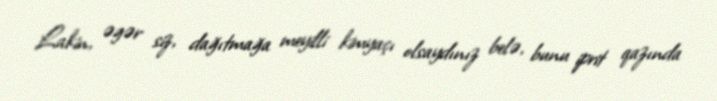
Lakin, əgər siz, dağıtmağa meyilli kimyaçı olsaydınız belə, bunu iprit qazında